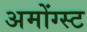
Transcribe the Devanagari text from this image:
अमोंग्स्ट